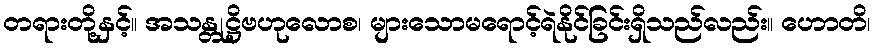
တရားတို့နှင့်။ အသန္တုဋ္ဌိဗဟုလောစ၊ များသောမရောင့်ရဲနိုင်ခြင်းရှိသည်လည်း။ ဟောတိ၊